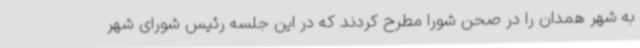
به شهر همدان را در صحن شورا مطرح کردند که در این جلسه رئیس شورای شهر